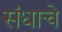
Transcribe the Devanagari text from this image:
संधाचे